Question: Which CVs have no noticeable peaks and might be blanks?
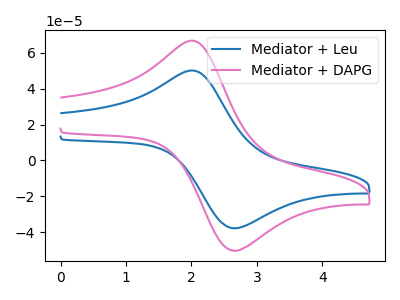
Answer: <think>The blue curve "Mediator + Leu" has an anodic peak at (2.05V, 49.75uA) and a cathodic peak at (2.70V, -37.70uA). The pink curve "Mediator + DAPG" has an anodic peak at (2.05V, 66.25uA) and a cathodic peak at (2.70V, -50.20uA).</think>
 <answer>There are not any CV's on this graph that are likely to be blanks.</answer>
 <eval>none</eval>